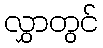
လွှာတွင်